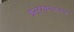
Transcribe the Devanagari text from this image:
इन्टरवेन्शनल